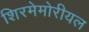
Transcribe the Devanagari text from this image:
शिरमेमोरीयल